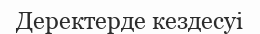
Дерeктерде кездесуі